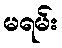
မရမ်း